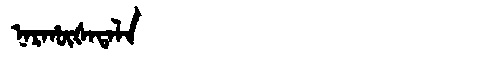
Manchu: ᠨᠠᡵᡥᡡᡧᠠᡨᠠᠯᠠ
Romanization: NARHŪŠATALA